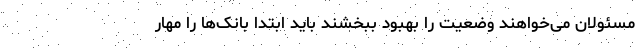
مسئولان می‌خواهند وضعیت را بهبود ببخشند باید ابتدا بانک‌ها را مهار